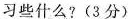
习些什么?(3分)